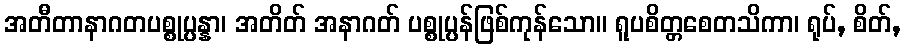
အတီတာနာဂတပစ္စုပ္ပန္နာ၊ အတိတ် အနာဂတ် ပစ္စုပ္ပန်ဖြစ်ကုန်သော။ ရူပစိတ္တစေတသိကာ၊ ရုပ်, စိတ်,